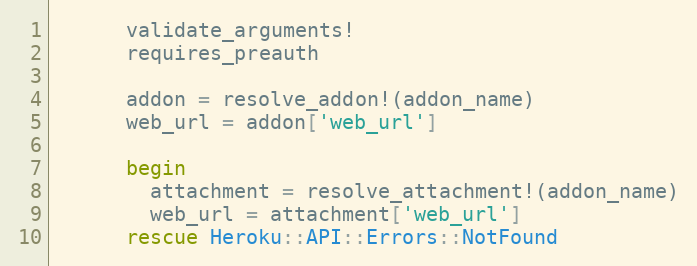
Language: Ruby
      validate_arguments!
      requires_preauth

      addon = resolve_addon!(addon_name)
      web_url = addon['web_url']

      begin
        attachment = resolve_attachment!(addon_name)
        web_url = attachment['web_url']
      rescue Heroku::API::Errors::NotFound